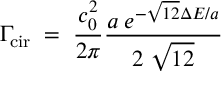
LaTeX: \Gamma _ { \mathrm { c i r } } \; = \; \frac { c _ { 0 } ^ { 2 } } { 2 \pi } \frac { a \; e ^ { - \sqrt { 1 2 } \Delta E / a } } { 2 \; \sqrt { 1 2 } }